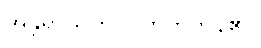
အန္တရာယ်ကို ပြုတတ်ကုန်၏။